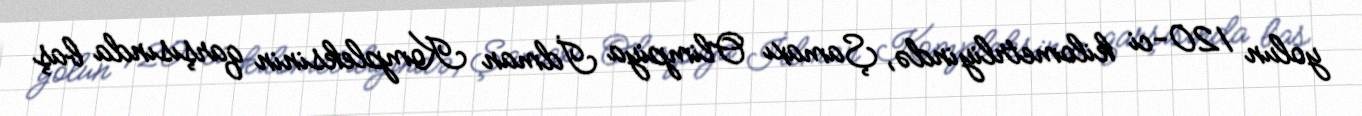
yolun 120-ci kilometrliyində, Şamaxı Olimpiya İdman Kompleksinin qarşısında baş